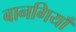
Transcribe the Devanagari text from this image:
बानगियाँ